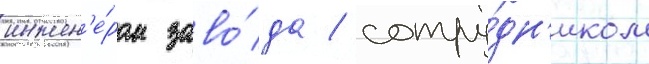
инжен'е́ром заво́да / сотру́дн'иком